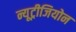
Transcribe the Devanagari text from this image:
न्यूट्रीजियोन